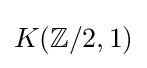
K(\mathbb {Z} /2,1)